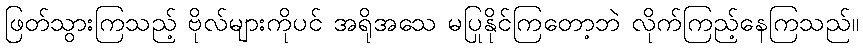
ဖြတ်သွားကြသည့် ဗိုလ်များကိုပင် အရိုအသေ မပြုနိုင်ကြတော့ဘဲ လိုက်ကြည့်နေကြသည်။